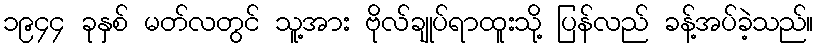
၁၉၄၄ ခုနှစ် မတ်လတွင် သူ့အား ဗိုလ်ချုပ်ရာထူးသို့ ပြန်လည် ခန့်အပ်ခဲ့သည်။